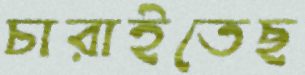
চারাইতেছ